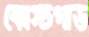
কোস্টগার্ড